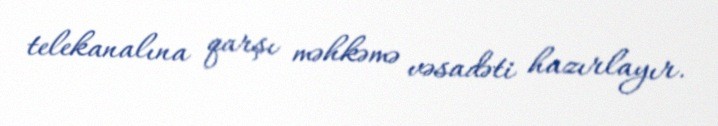
telekanalına qarşı məhkəmə vəsadəti hazırlayır.